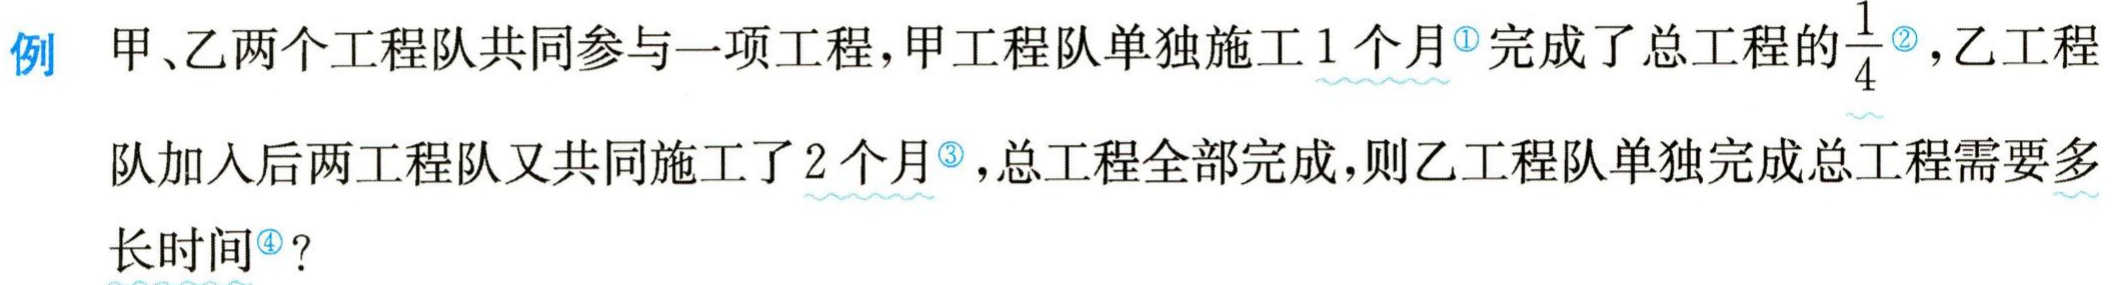
例 甲、乙两个工程队共同参与一项工程，甲工程队单独施工1个月<sup>\textcircled{1}</sup>完成了总工程的$\frac{1}{4}$<sup>\textcircled{2}</sup>，乙工程队加入后两工程队又共同施工了2个月<sup>\textcircled{3}</sup>，总工程全部完成，则乙工程队单独完成总工程需要多长时间<sup>\textcircled{4}</sup>？